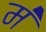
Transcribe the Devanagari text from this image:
मं॑